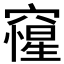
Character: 𥨕